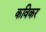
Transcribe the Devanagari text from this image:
कविकर